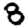
Digit: 8